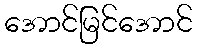
အောင်မြင်အောင်